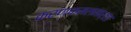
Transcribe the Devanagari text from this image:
करणकमलमार्तंड